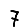
Digit: 7